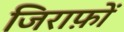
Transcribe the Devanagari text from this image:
जिराफ़ों